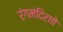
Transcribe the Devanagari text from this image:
रंगमंदिराचे